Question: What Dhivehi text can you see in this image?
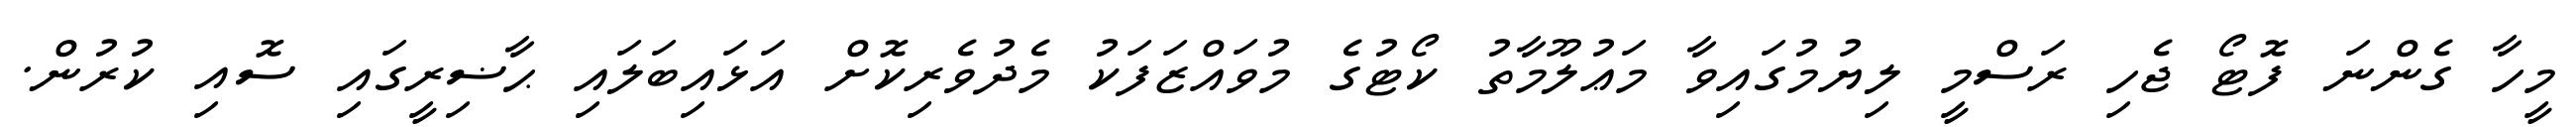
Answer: މީހާ ގެންނަ ފޮޓޯ ޖެހި ރަސްމީ ލިޔުމުގައިވާ މަޢުލޫމާތު ކޯޓުގެ މުވައްޒަފަކު މެދުވެރިކޮށް އަޅައިބަލައި ޙާޟިރީގައި ސޮއި ކުރުން.